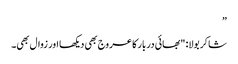
”
شاکر بولا: "بھائی دربار کا عروج بھی دیکھا اور زوال بھی۔